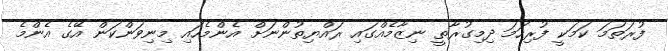
ފުރަތަމަ ކަމަކީ ފުރިހަމަ ދިމިގުރާތީ ނިޒާމެއްގައި ރައްޔިތުންނަށް އެންމެހައި މިނިވަންކަން އޭގެ އެންމެ